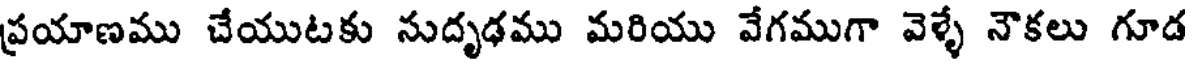
ప్రయాణము చేయుటకు నుదృఢము మరియు వేగముగా వెళ్ళే నౌకలు గూడ